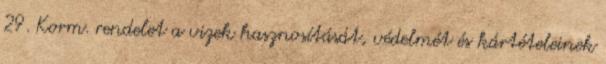
29. Korm. rendelet a vizek hasznosítását, védelmét és kártételeinek